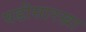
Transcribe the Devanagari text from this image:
घडीसारखा